Annual report of the Punjab Veterinary College and of the Civil Veterinary Department, Punjab - 1920-1925
Year: 1920
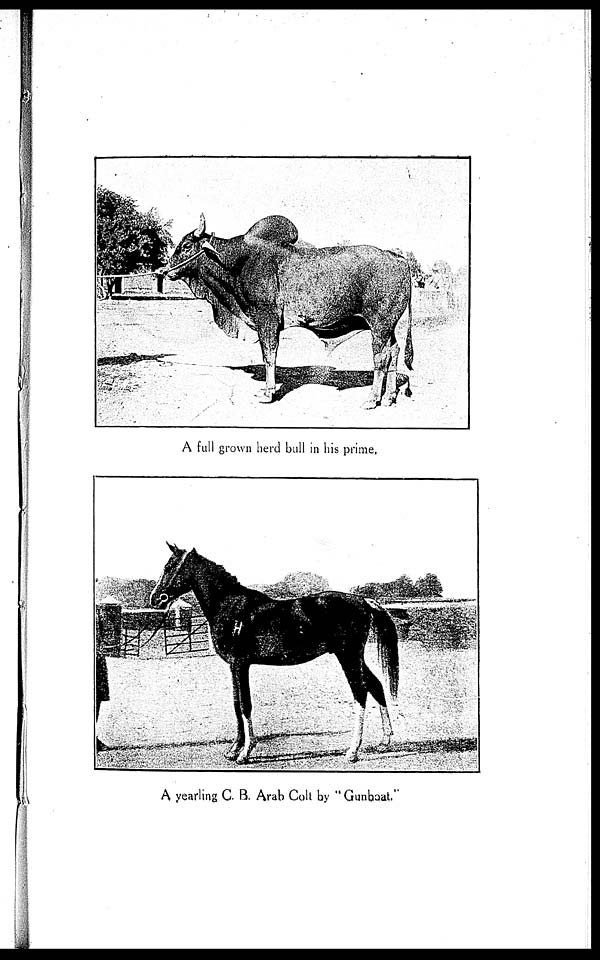
A full grown herd bull in his prime,
A yearling C. B. Arab Colt by "Gunboat."